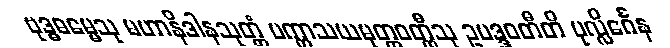
ဗုဒ္ဓဓမ္မေသု မဟာနိဒါနသုတ္တံ ပက္ကာသယမုတ္တဝတ္ထီသု ဥပဒ္ဒဝတီတိ ပုလ္လိင်္ဂေန